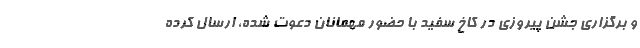
و برگزاری جشن پیروزی در کاخ سفید با حضور مهمانان دعوت شده، ارسال کرده